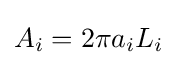
A_{i}=2\pi a_{i}L_{i}